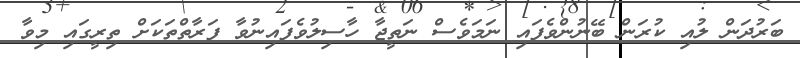
ބަރުދަން ލުއި ކުރަން ބޭނުންވެފައި ނަމަވެސް ނަތީޖާ ހާސިލުވެފައިނުވާ ފަރާތްތަކަށް ތިރީގައި މިވާ